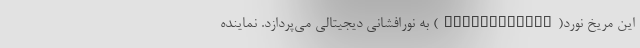
این مریخ نورد(Perseverance) به نورافشانی دیجیتالی می‌پردازد. نماینده